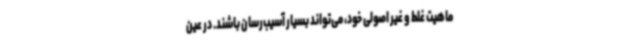
ماهیت غلط و غیر اصولی خود، می‌تواند بسیار آسیب‌رسان باشند. در عین